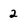
Character: 2